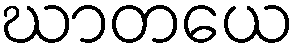
ဃာတယေ